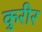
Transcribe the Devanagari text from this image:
कुरीर